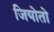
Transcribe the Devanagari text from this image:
जियोतो